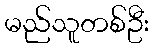
မည်သူတစ်ဦး